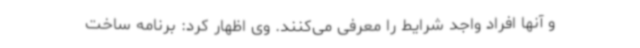
و آنها افراد واجد شرایط را معرفی می‌کنند. وی اظهار کرد: برنامه ساخت